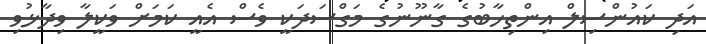
އަދި ކައުންސިލް އިންތިހާބުގެ ގާނޫނުގެ މަގްސަދަކީ ވެސް އެއީ ކަމަށް ވަކީލާ ވިދާޅުވި